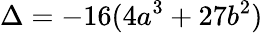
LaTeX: \Delta=-16(4a^{3}+27b^{2})